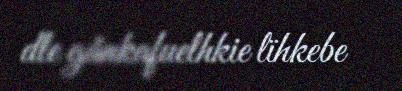
dle gånkafuelhkie lïhkebe